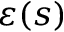
\varepsilon ( s )